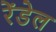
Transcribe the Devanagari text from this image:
रेंडेल